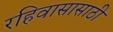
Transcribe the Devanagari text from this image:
रहिवासासाठी